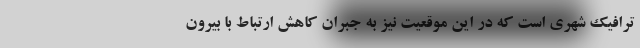
ترافیک شهری است که در این موقعیت نیز به جبران کاهش ارتباط با بیرون